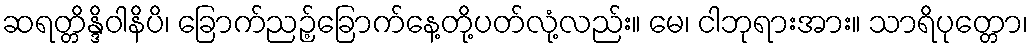
ဆရတ္တိန္ဒိဝါနိပိ၊ ခြောက်ညဉ့်ခြောက်နေ့တို့ပတ်လုံ့လည်း။ မေ၊ ငါဘုရားအား။ သာရိပုတ္တော၊